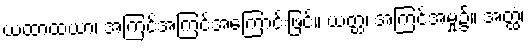
ယထာထယာ၊ အကြင်အကြင်အကြောင်းဖြင့်။ ယတ္ထ၊ အကြင်အမှု၌။ အတ္ထံ၊